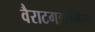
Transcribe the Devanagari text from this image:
वैराटगडरांगेला